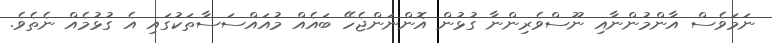
ނަމަވެސް އާންމުންނާއި ނޫސްވެރިންނާ ގުޅުން އޮންނަންޖެހޭ ބައެއް މުއައްސަސާތަކުގައި އެ ގުޅުމެއް ނެތެވެ.